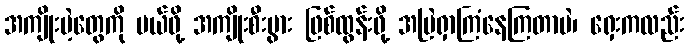
အကျိုးမဲ့တွေကို ပယ်ဖို့ အကျိုးစီးပွား ဖြစ်ထွန်းဖို့ အမြဲရှာကြံနေကြတာပဲ၊ ရှေးကလည်း